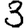
Digit: 3